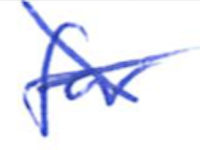
Text: for
Cross-out: cross
Writing tool: ballpoint